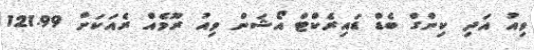
ވިއު އަދި ކިންގް ބެޑް ޑައިރެކްޓް އޯޝަން ވިއު ރޫމެއް ރެއަކަށް 121.99